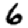
Digit: 6